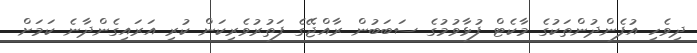
ދިވެހި އުފެންދުންތަކުގެ މާކެޓް ފުޅާވުމުގެ ސަބަބުން ރާއްޖޭގެ ފަތުރުވެރިކަން ކުރި އަރައިގެންދާނެ ކަމަށް